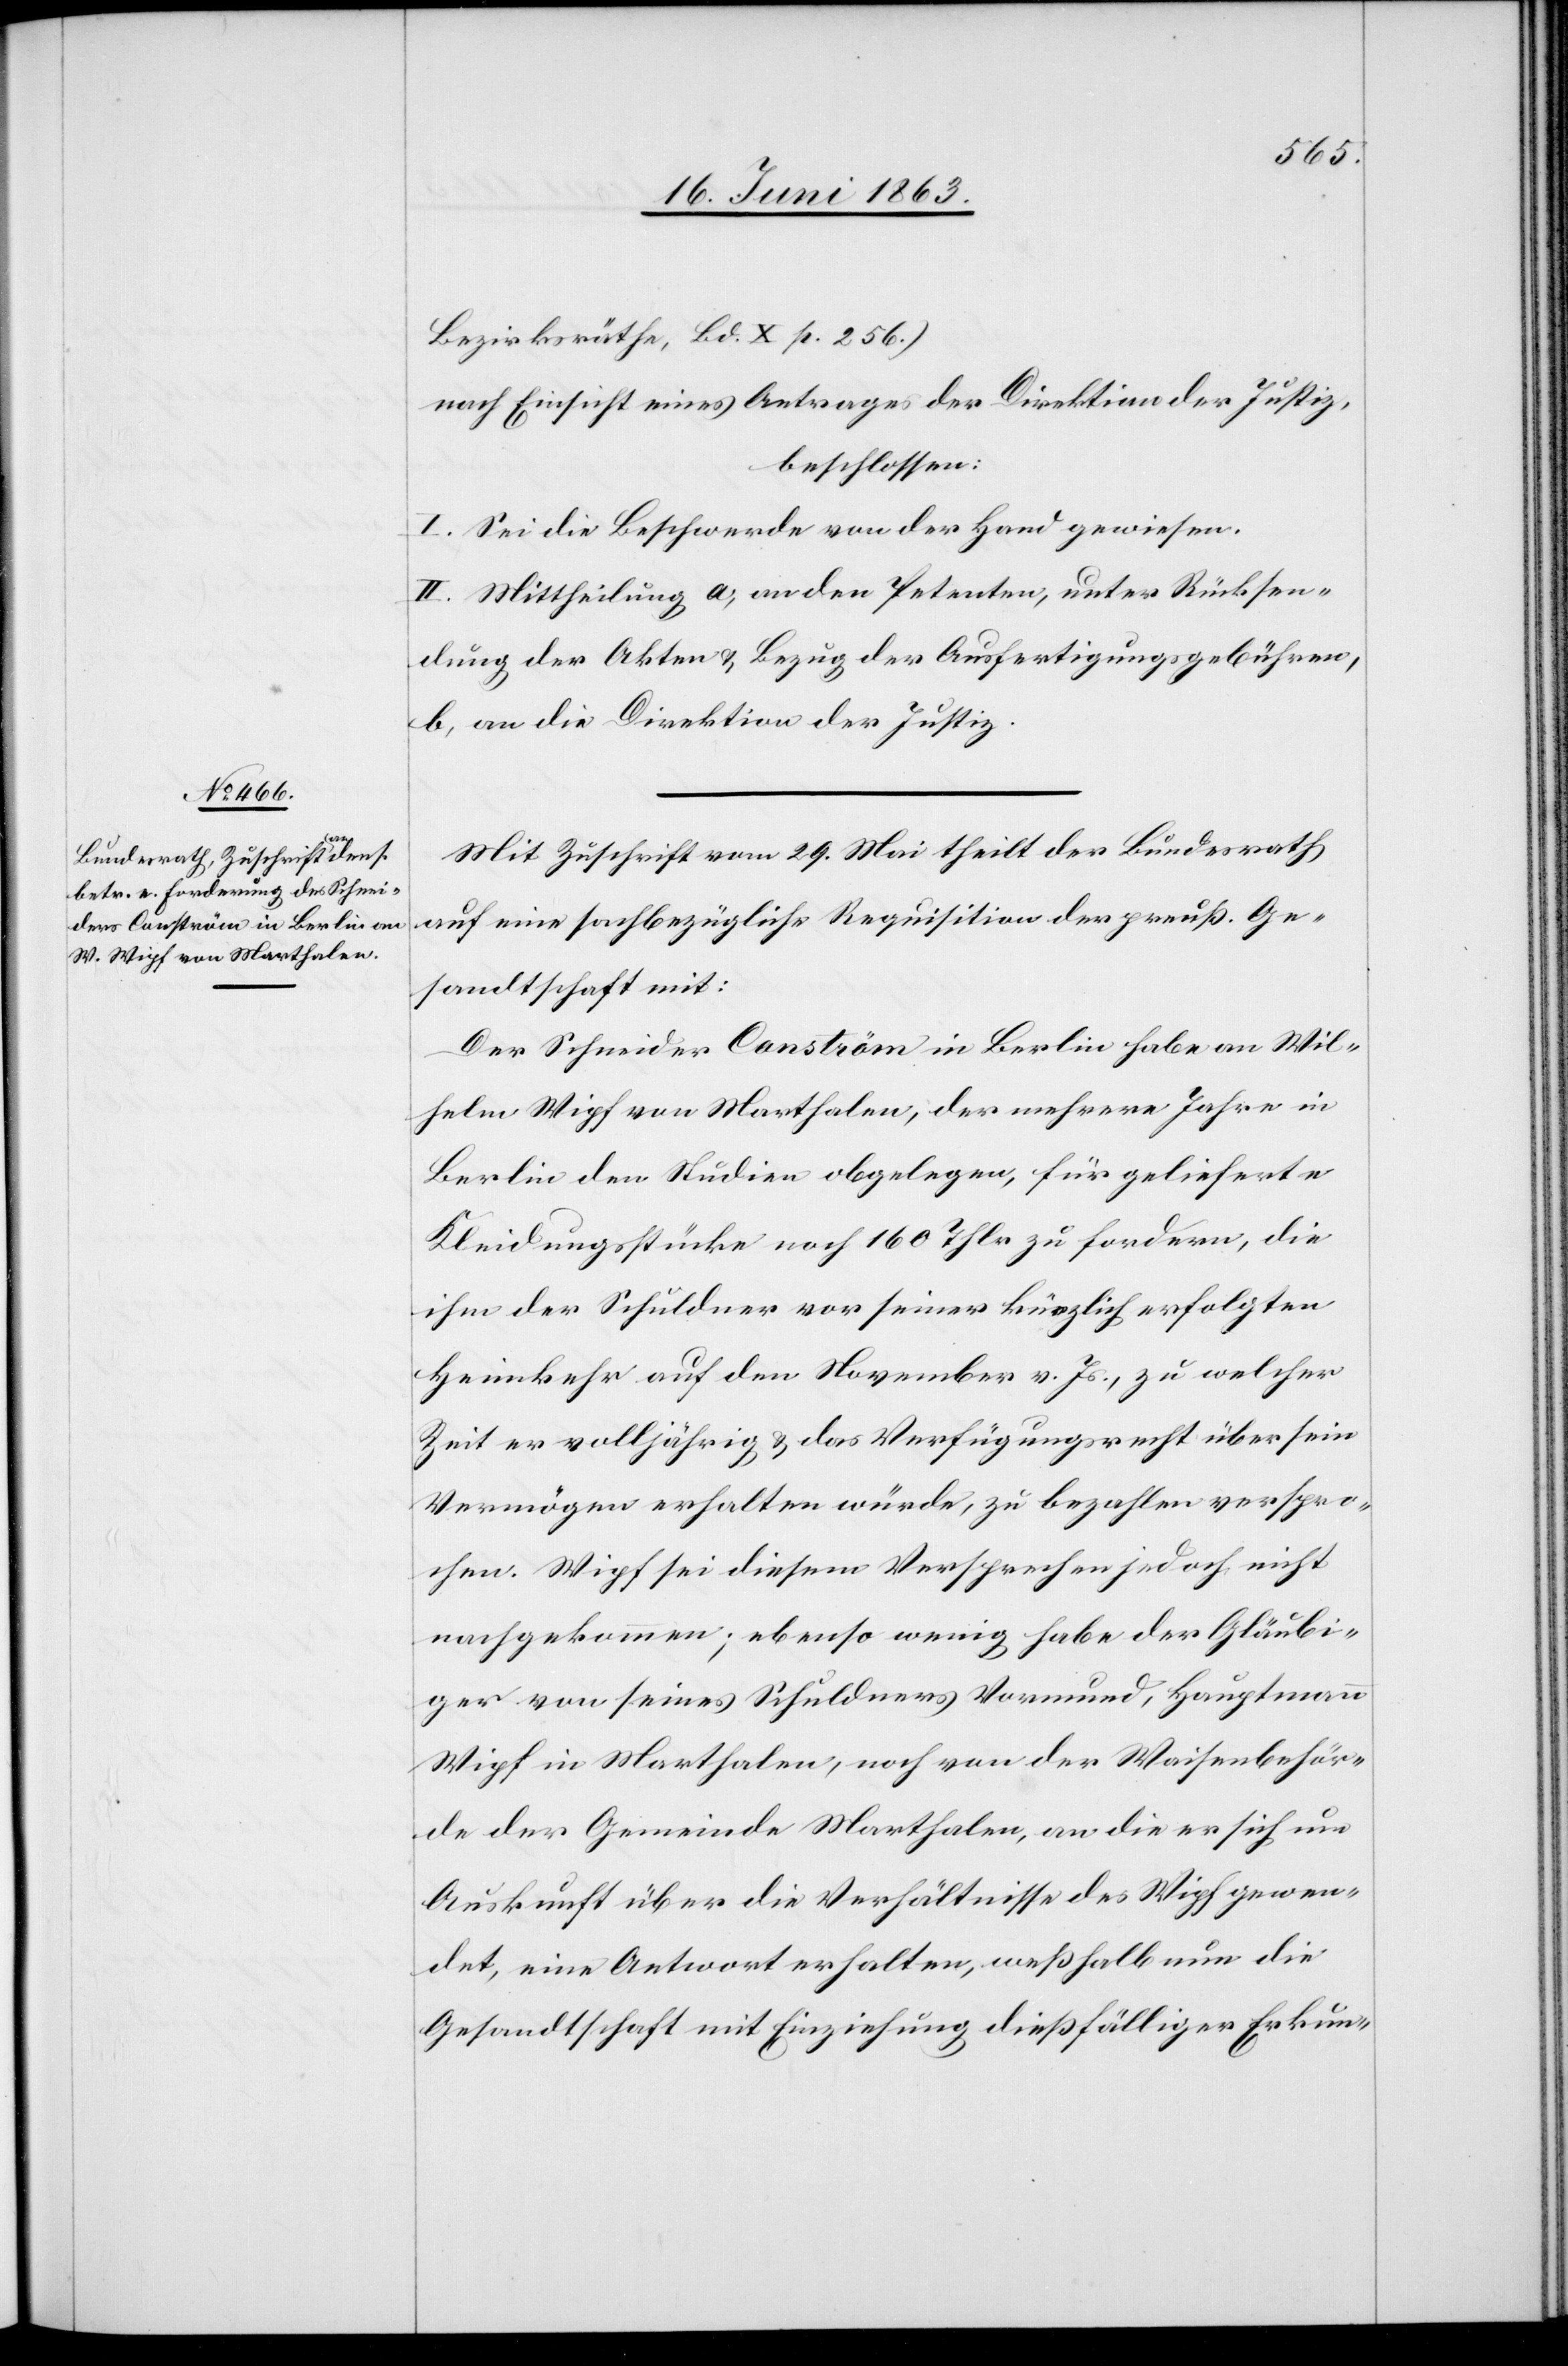
Bezirksräthe, Bd. X p. 256.)
nach Einsicht eines Antrages der Direktion der Justiz,
beschlossen:
I. Sei die Beschwerde von der Hand gewiesen.
II. Mittheilung a) an den Petenten, unter Rücksen¬
dung der Akten & Bezug der Ausfertigungsgebühren,
b) an die Direktion der Justiz.
Mit Zuschrift vom 29. Mai theilt der Bundesrath
auf eine sachbezügliche Requisition der preuß. Ge¬
sandtschaft mit:
Der Schneider Conström in Berlin habe an Wil¬
helm Wipf von Marthalen, der mehrere Jahre in
Berlin den Studien obgelegen, für gelieferte
Kleidungsstücke noch 160 Thlr zu fordern, die
ihm der Schuldner vor seiner kürzlich erfolgten
Heimkehr auf den November v. Js., zu welcher
Zeit er volljährig & das Verfügungsrecht über sein
Vermögen erhalten würde, zu bezahlen verspro¬
chen. Wipf sei diesem Versprechen jedoch nicht
nachgekommen; ebenso wenig habe der Gläubi¬
ger von seines Schuldners Vormund, Hauptmann
Wipf in Marthalen, noch von der Waisenbehör¬
de der Gemeinde Marthalen, an die er sich um
Auskunft über die Verhältnisse des Wipf gewen¬
det, eine Antwort erhalten, weßhalb nun die
Gesandtschaft mit Einziehung dießfälliger Erkun-